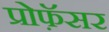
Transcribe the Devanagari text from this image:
प्रोफ़ॅसर